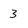
Character: 3